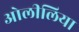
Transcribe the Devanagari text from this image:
ओलीलिया